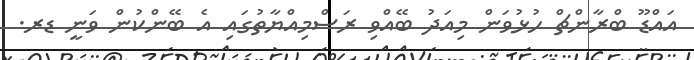
އައްޑޫ ބްރާންޗް ހުޅުވަން މިއަދު ބޭއްވި ރަސްމިއްޔާތުގައި އެ ބޭންކުން ވަނީ ޑރ.